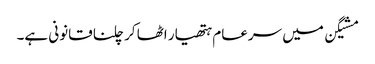
مشیگن میں سرعام ہتھیار اٹھا کر چلنا قانونی ہے۔